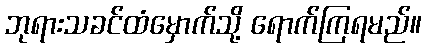
ဘုရားသခင်ထံမှောက်သို့ ရောက်ကြရမည်။